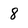
Character: 8